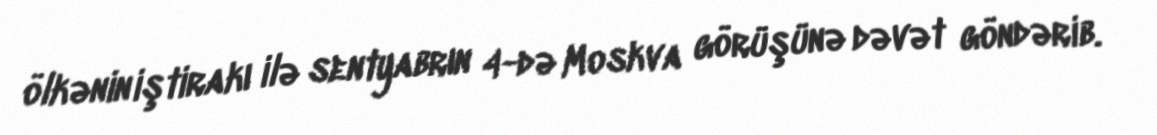
ölkənin iştirakı ilə sentyabrın 4-də Moskva görüşünə dəvət göndərib.